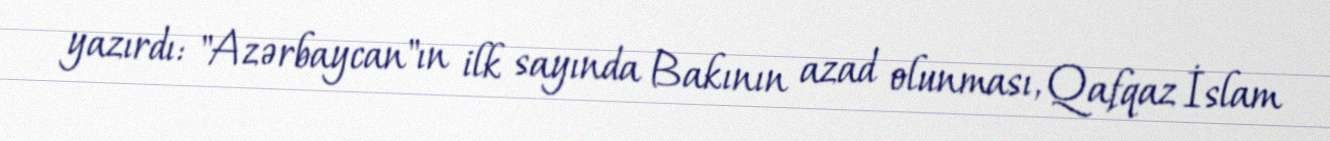
yazırdı: "Azərbaycan"ın ilk sayında Bakının azad olunması, Qafqaz İslam